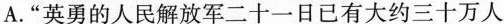
A.”英勇的人民解放军二十一日已有大约三十万人